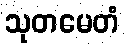
သုတမေတံ